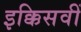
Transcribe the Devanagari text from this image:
इक्किसवीं